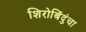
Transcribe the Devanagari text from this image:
शिरोबिंदुंचा